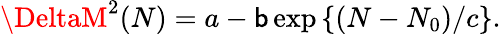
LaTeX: \DeltaM^{2}(N)=a-\mathsf{b}\exp\left\{ (N-N_{0})/c\right\} .